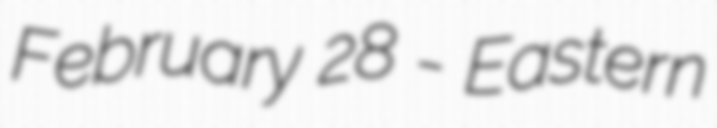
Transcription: February 28 - Eastern